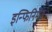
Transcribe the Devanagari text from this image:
इन्फिनिमेंट